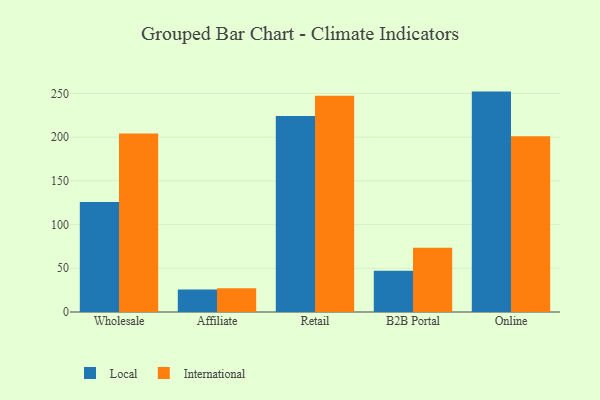
{"axis": {"x": "Channel", "y": "Humidity (%)"}, "legend": ["International", "Local"], "data": [{"x": "Wholesale", "y": 125.9, "type": "Local"}, {"x": "Wholesale", "y": 204.1, "type": "International"}, {"x": "Affiliate", "y": 25.7, "type": "Local"}, {"x": "Affiliate", "y": 27.3, "type": "International"}, {"x": "Retail", "y": 224.3, "type": "Local"}, {"x": "Retail", "y": 247.3, "type": "International"}, {"x": "B2B Portal", "y": 47.2, "type": "Local"}, {"x": "B2B Portal", "y": 73.5, "type": "International"}, {"x": "Online", "y": 252.1, "type": "Local"}, {"x": "Online", "y": 200.9, "type": "International"}]}